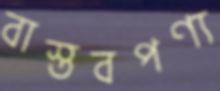
বাস্তবপণ্য